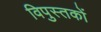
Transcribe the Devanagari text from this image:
विपुस्तकों